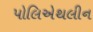
પોલિએથલીન